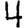
Digit: 4